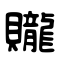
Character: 贚